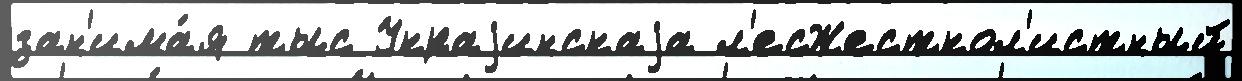
зан'има́я тыс Украjинскаjа л'есЖесткол'истный